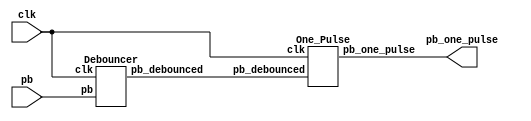
`timescale 1ns / 1ps

module One_signal(pb_one_pulse, pb, clk);
    input clk, pb;
    output pb_one_pulse;
    wire pb_debounced;

    Debouncer d1(pb_debounced, pb, clk);
    One_Pulse d2(pb_debounced, clk, pb_one_pulse);
endmodule


module Debouncer(pb_debounced, pb, clk);
	output pb_debounced; // signal of a pushbutton after being debounced
	input pb; // signal from a pushbutton
	input clk;

	reg [3:0] DFF;
	always @(posedge clk)begin
		DFF[3:1] <= DFF[2:0];
		DFF[0] <= pb;
	end
	assign pb_debounced = ((DFF == 4'b1111) ? 1'b1 : 1'b0);
endmodule

module RL_Debouncer(pb_debounced, pb, clk, rst);
	output reg pb_debounced; // Processed IR signal
	input pb; // Original IR signal
	input clk, rst;
	
	reg [22:0] counter;
	reg [22:0] next_counter;
    reg next_val;
	
	always @(posedge clk) begin
		if(rst) counter <= 23'd0;
		else counter <= next_counter;
	end

	always @(*) begin
		if(counter != 23'd2_000_000) begin // output IR signal every 0.02 sec
            next_counter = counter + 23'd1;
            next_val = pb;
        end
		else begin
            next_counter = 23'd0;
            pb_debounced = next_val;
        end
	end   
	
endmodule

module One_Pulse (pb_debounced, clk, pb_one_pulse);
	input pb_debounced, clk;
	output reg pb_one_pulse;
	reg pb_debounced_delay;

	always @(posedge clk) begin
		pb_one_pulse <= pb_debounced & (!pb_debounced_delay);
		pb_debounced_delay <= pb_debounced;
	end
endmodule